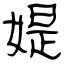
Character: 媞